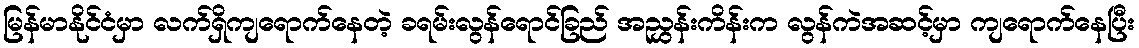
မြန်မာနိုင်ငံမှာ လက်ရှိကျရောက်နေတဲ့ ခရမ်းလွန်ရောင်ခြည် အညွှန်းကိန်းက လွန်ကဲအဆင့်မှာ ကျရောက်နေပြီး